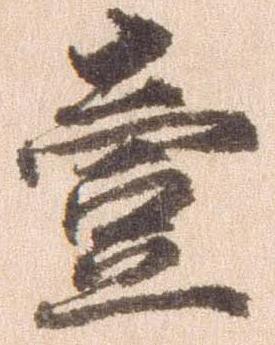
壱